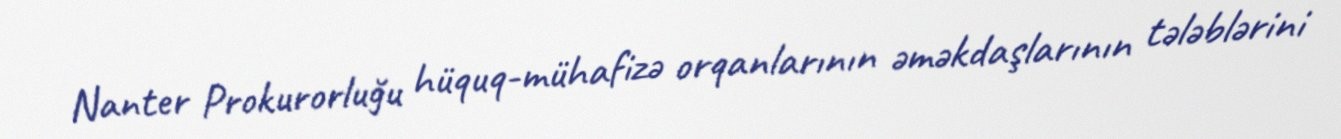
Nanter Prokurorluğu hüquq-mühafizə orqanlarının əməkdaşlarının tələblərini